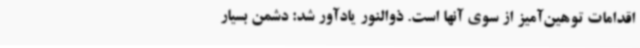
اقدامات توهین‌آمیز از سوی آنها است. ذوالنور یادآور شد: دشمن بسیار